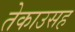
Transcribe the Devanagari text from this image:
तेकाउसह